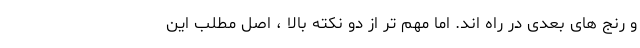
و رنج های بعدی در راه اند. اما مهم تر از دو نکته بالا ، اصل مطلب این